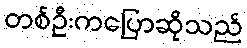
တစ်ဦးကပြောဆိုသည်